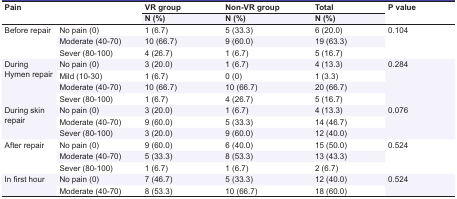
| <ROWSPAN=2-COLSPAN=2> Pain | VR group | Non-VR group | Total | <ROWSPAN=2> P value |
 | N (%) | N (%) | N (%) |
 | --- | --- | --- | --- | --- | --- |
 | <ROWSPAN=3> Before repair | No pain (0) | 1 (6.7) | 5 (33.3) | 6 (20.0) | <ROWSPAN=3> 0.104 |
 | Moderate (40-70) | 10 (66.7) | 9 (60.0) | 19 (63.3) |
 | Sever (80-100) | 4 (26.7) | 1 (6.7) | 5 (16.7) |
 | <ROWSPAN=4> During Hymen repair | No pain (0) | 3 (20.0) | 1 (6.7) | 4 (13.3) | <ROWSPAN=4> 0.284 |
 | Mild (10-30) | 1 (6.7) | 0 (0) | 1 (3.3) |
 | Moderate (40-70) | 10 (66.7) | 10 (66.7) | 20 (66.7) |
 | Sever (80-100) | 1 (6.7) | 4 (26.7) | 5 (16.7) |
 | <ROWSPAN=3> During skin repair | No pain (0) | 3 (20.0) | 1 (6.7) | 4 (13.3) | <ROWSPAN=3> 0.076 |
 | Moderate (40-70) | 9 (60.0) | 5 (33.3) | 14 (46.7) |
 | Sever (80-100) | 3 (20.0) | 9 (60.0) | 12 (40.0) |
 | <ROWSPAN=3> After repair | No pain (0) | 9 (60.0) | 6 (40.0) | 15 (50.0) | <ROWSPAN=3> 0.524 |
 | Moderate (40-70) | 5 (33.3) | 8 (53.3) | 13 (43.3) |
 | Sever (80-100) | 1 (6.7) | 1 (6.7) | 2 (6.7) |
 | <ROWSPAN=2> In first hour | No pain (0) | 7 (46.7) | 5 (33.3) | 12 (40.0) | <ROWSPAN=2> 0.524 |
 | Moderate (40-70) | 8 (53.3) | 10 (66.7) | 18 (60.0) |